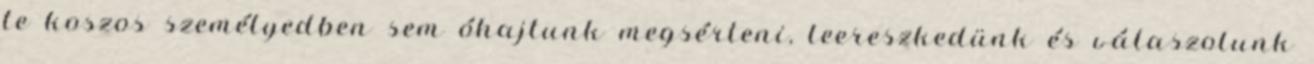
te koszos személyedben sem óhajtunk megsérteni, leereszkedünk és válaszolunk